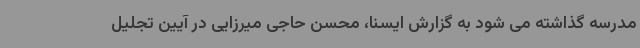
مدرسه گذاشته می شود به گزارش ایسنا، محسن حاجی میرزایی در آیین تجلیل